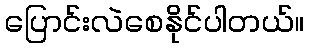
ပြောင်းလဲစေနိုင်ပါတယ်။